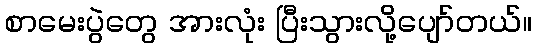
စာမေးပွဲတွေ အားလုံး ပြီးသွားလို့ပျော်တယ်။